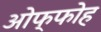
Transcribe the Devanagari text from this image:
ओफ्फोह